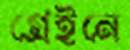
গ্রেইনে